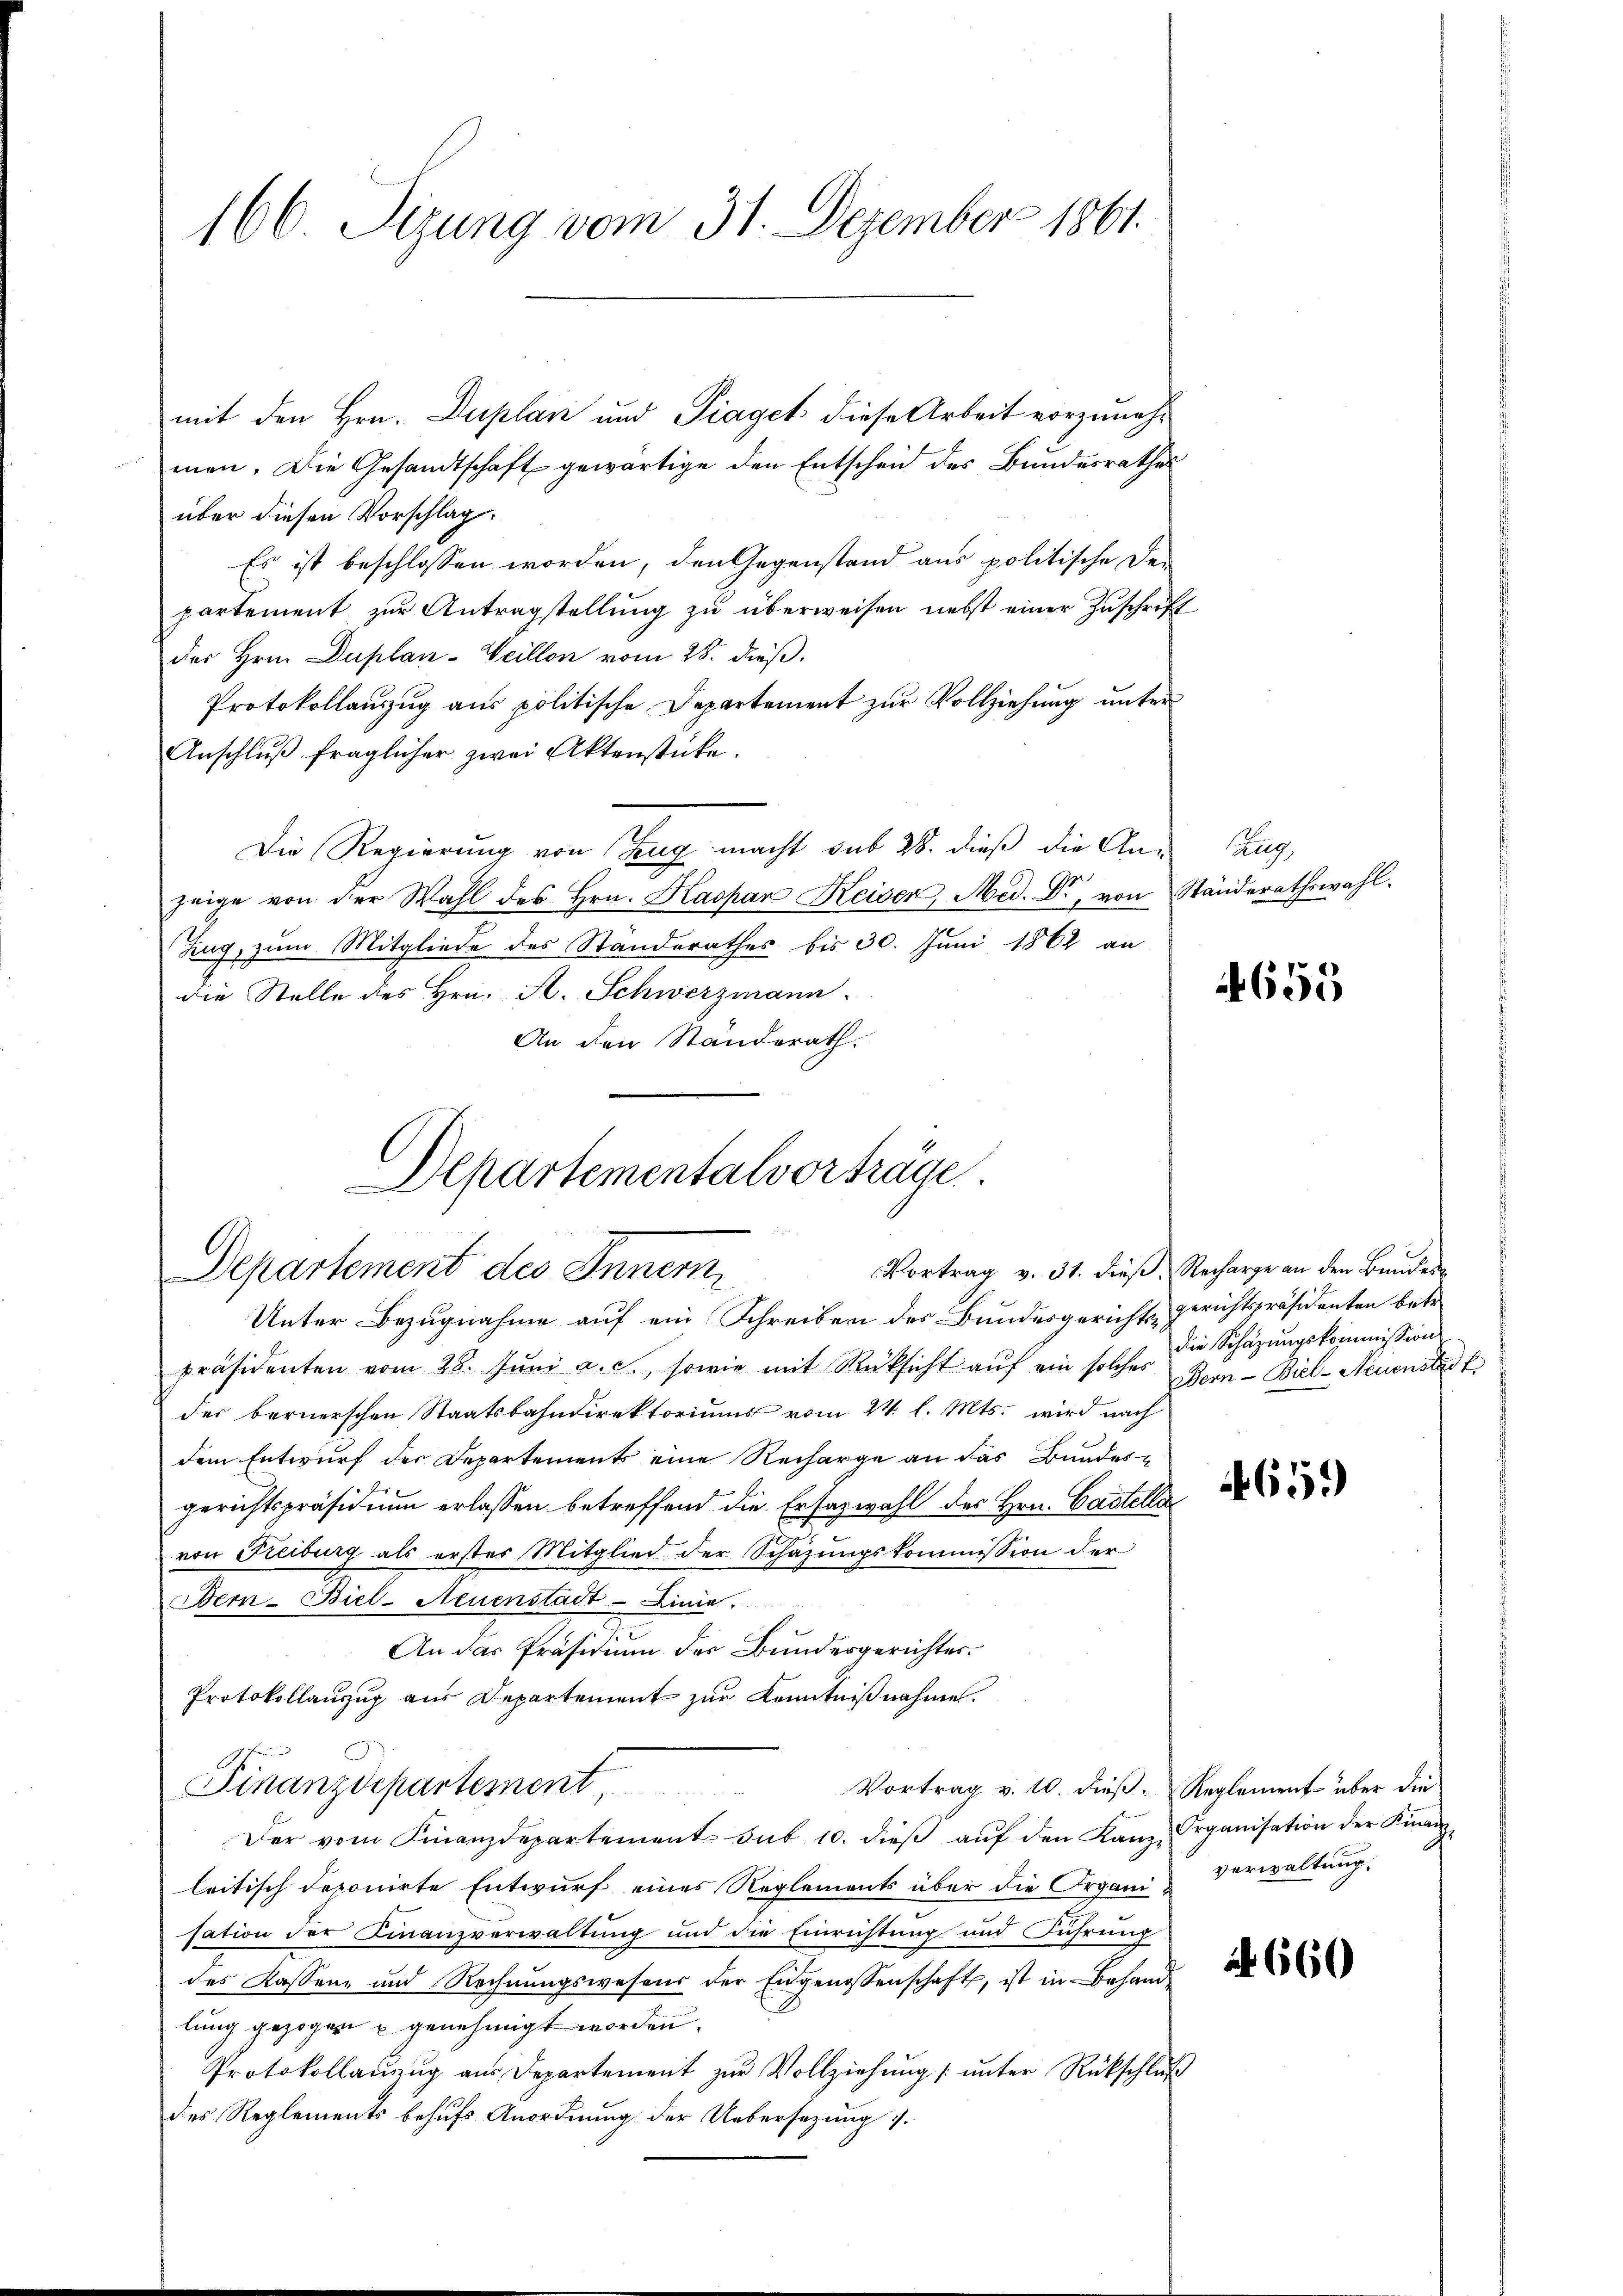
166. Sizung vom 31. Dezember 1861.

mit den Hrn. Duplan und Piaget diese Arbeit vorzunehmen. Die Gesandtschaft gewärtige den Entscheid des Bundesrathes
über diesen Vorschlag.
Es ist beschlossen worden, den Gegenstand aus politische De-
partement zŭr Antragstellŭng zŭ überweisen nebst einer Zuschrift
des Hrn. Duplan-Weillon vom 28. dieß.
Protokollauszug aus politische Departement zur Vollziehung unter
Anschlŭβ fraglicher zwei Aktenstüke.
Die Regierung von Zug macht sub 28. dieß die An-
zeige von der Wahl des Hrn. Kaspar Keisen, Med. Dr. von Ständerathswahl.
Zug, zum Mitgliede des Standerathes bis 30. Juni 1862 an
die Stelle des Hrn. A. Schwerzmann.
An den Ständerath.

Departementalvorträge.
Vortrag v. 31. dieß. Recharge an den Bundes
Departement des Innern

Unter Bezugnahme auf ein Schreiben des Bundesgerichts-Gerichtspräsidenten betr.
präsidenten vom 28. Jŭni a. c., sowie mit Rüksicht auf ein solches
der bernerschen Staatsbahndirektoriŭms vom 24. l. Mts. wird nach
dem Entwurf der Departements eine Recharge an das Bundesgerichtspräsidium erlassen betreffend die Ersazwahl des Hrn. Castella
von Freiburg als erstes Mitglied der Schazungskommission der
Bern-Biel-Neuenstadt Linie.
An das Präsidium der Bundesgerichtes.
Protokollauszug aus Departement zur Kenntnißnahme.
Finanzdepartement
Vortrag v. 10. dieß. Reglement über die
Der vom Finanzdepartement sub 10. dieβ aŭf den Kanz-Organisation der Kinan
leitisch deponirte Entwurf eines Reglements über die Organi Verwaltung,
sation der Finanzverwaltung und die Einrichtung und Führung
des Kassen und Rechnungswesens der Engenossenschaft, ist in Behandlung gezogen u. genehmigt worden.
Protokollanzug aus Departement zur Vollziehung (unter Rückschluß
des Reglements behufs Anordnung der Uebersezung s.

Zug

655

die Schazungskommissions
Bern - Biel-Neuenstadt

4659

660